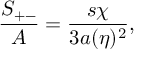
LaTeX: { \frac { S _ { + - } } { A } } = { \frac { s \chi } { 3 a ( \eta ) ^ { 2 } } } ,